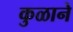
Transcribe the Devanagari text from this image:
कुळाने